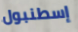
إسطنبول